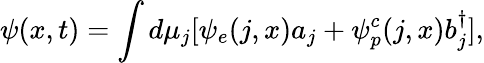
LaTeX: \psi(x,t)=\int d\mu_{j}[\psi_{e}(j,x)a_{j}+\psi_{p}^{c}(j,x)b_{j}^{\dagger}],